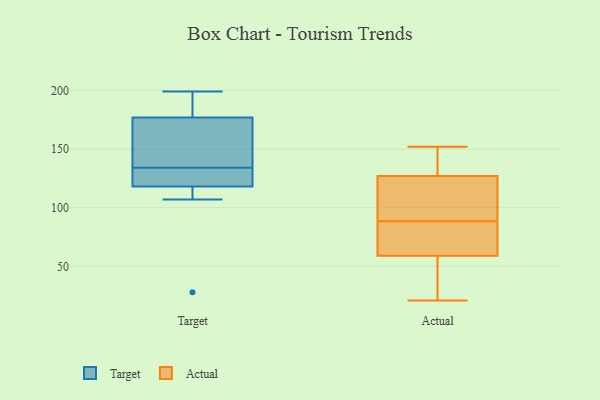
{"axis": {"x": "Bounce Rate (%)", "y": "Value"}, "legend": ["Actual", "Target"], "data": [{"x": "", "y": 107, "type": "Target"}, {"x": "", "y": 125, "type": "Target"}, {"x": "", "y": 143, "type": "Target"}, {"x": "", "y": 118, "type": "Target"}, {"x": "", "y": 28, "type": "Target"}, {"x": "", "y": 123, "type": "Target"}, {"x": "", "y": 199, "type": "Target"}, {"x": "", "y": 180, "type": "Target"}, {"x": "", "y": 177, "type": "Target"}, {"x": "", "y": 173, "type": "Target"}, {"x": "", "y": 151, "type": "Actual"}, {"x": "", "y": 127, "type": "Actual"}, {"x": "", "y": 152, "type": "Actual"}, {"x": "", "y": 78, "type": "Actual"}, {"x": "", "y": 38, "type": "Actual"}, {"x": "", "y": 59, "type": "Actual"}, {"x": "", "y": 90, "type": "Actual"}, {"x": "", "y": 139, "type": "Actual"}, {"x": "", "y": 78, "type": "Actual"}, {"x": "", "y": 145, "type": "Actual"}, {"x": "", "y": 25, "type": "Actual"}, {"x": "", "y": 101, "type": "Actual"}, {"x": "", "y": 65, "type": "Actual"}, {"x": "", "y": 93, "type": "Actual"}, {"x": "", "y": 21, "type": "Actual"}, {"x": "", "y": 127, "type": "Actual"}, {"x": "", "y": 45, "type": "Actual"}, {"x": "", "y": 87, "type": "Actual"}]}